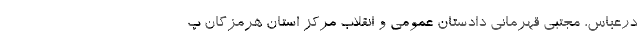
درعباس، مجتبی قهرمانی دادستان عمومی و انقلاب مرکز استان هرمزگان پ